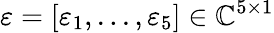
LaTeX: \mathbf{\varepsilon}=[\varepsilon_{1},...,\varepsilon_{5}]\in\mathbb{C}^{5\times 1}